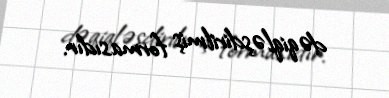
dəqiqləşdirilmiş formasıdır.